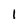
Character: 1